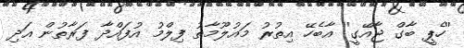
''ހެޕީ ބާގް ޖާއޭގީ'' އާބެހޭ އިތުރު މައުލޫމާތު ފިލްމު އުފައްދާ ފަރާތުން އަދި